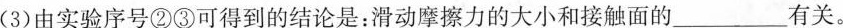
(3)由实验序号②③可得到的结论是：滑动摩擦力的大小和接触面的___有关。